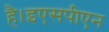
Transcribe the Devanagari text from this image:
है।इएसपीएन